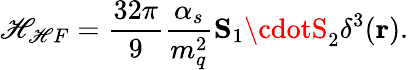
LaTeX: \mathscr{H}_{\mathscr{H}F}=\frac{{32\pi}}{{9}}\frac{{\alpha_{s}}}{{m_{q}^{2}}}{\mathbf{S}_{1}\cdotS_{2}}\delta^{3}({\mathbf{r}}).